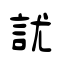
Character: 訧